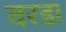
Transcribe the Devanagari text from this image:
वरडा